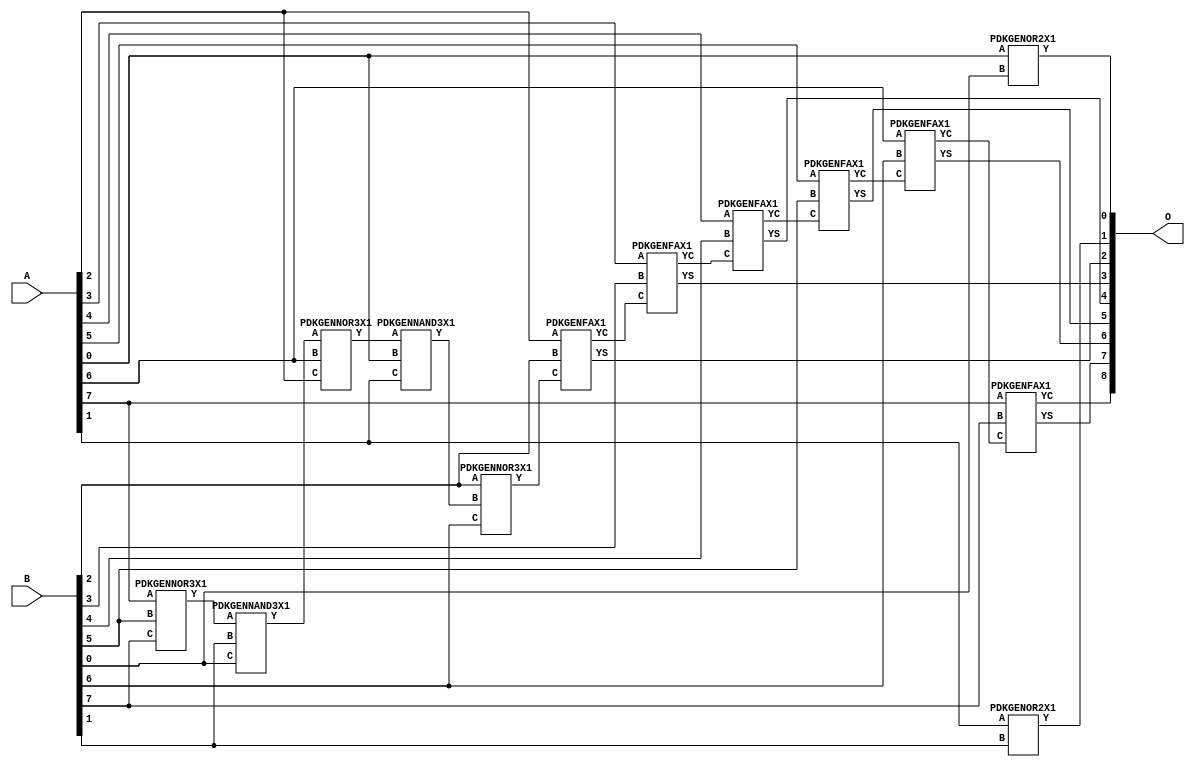
// Library = EvoApprox8b
// Circuit = add8_308
// Area   (180) = 1048
// Delay  (180) = 2.010
// Power  (180) = 262.20
// Area   (45) = 71
// Delay  (45) = 0.750
// Power  (45) = 25.91
// Nodes = 13
// HD = 89696
// MAE = 0.74902
// MSE = 1.49609
// MRE = 0.40 %
// WCE = 3
// WCRE = 50 %
// EP = 43.8 %

module add8_308(A, B, O);
  input [7:0] A;
  input [7:0] B;
  output [8:0] O;
  wire [2031:0] N;

  assign N[0] = A[0];
  assign N[1] = A[0];
  assign N[2] = A[1];
  assign N[3] = A[1];
  assign N[4] = A[2];
  assign N[5] = A[2];
  assign N[6] = A[3];
  assign N[7] = A[3];
  assign N[8] = A[4];
  assign N[9] = A[4];
  assign N[10] = A[5];
  assign N[11] = A[5];
  assign N[12] = A[6];
  assign N[13] = A[6];
  assign N[14] = A[7];
  assign N[15] = A[7];
  assign N[16] = B[0];
  assign N[17] = B[0];
  assign N[18] = B[1];
  assign N[19] = B[1];
  assign N[20] = B[2];
  assign N[21] = B[2];
  assign N[22] = B[3];
  assign N[23] = B[3];
  assign N[24] = B[4];
  assign N[25] = B[4];
  assign N[26] = B[5];
  assign N[27] = B[5];
  assign N[28] = B[6];
  assign N[29] = B[6];
  assign N[30] = B[7];
  assign N[31] = B[7];

  PDKGENOR2X1 n32(.A(N[0]), .B(N[16]), .Y(N[32]));
  PDKGENNOR3X1 n38(.A(N[14]), .B(N[26]), .C(N[30]), .Y(N[38]));
  PDKGENNAND3X1 n52(.A(N[38]), .B(N[18]), .C(N[16]), .Y(N[52]));
  assign N[53] = N[52];
  PDKGENNOR3X1 n58(.A(N[53]), .B(N[12]), .C(N[4]), .Y(N[58]));
  assign N[59] = N[58];
  PDKGENNAND3X1 n76(.A(N[59]), .B(N[0]), .C(N[2]), .Y(N[76]));
  assign N[77] = N[76];
  PDKGENNOR3X1 n80(.A(N[20]), .B(N[77]), .C(N[28]), .Y(N[80]));
  assign N[81] = N[80];
  PDKGENOR2X1 n82(.A(N[2]), .B(N[18]), .Y(N[82]));
  PDKGENFAX1 n132(.A(N[4]), .B(N[20]), .C(N[81]), .YS(N[132]), .YC(N[133]));
  PDKGENFAX1 n182(.A(N[6]), .B(N[22]), .C(N[133]), .YS(N[182]), .YC(N[183]));
  PDKGENFAX1 n232(.A(N[8]), .B(N[24]), .C(N[183]), .YS(N[232]), .YC(N[233]));
  PDKGENFAX1 n282(.A(N[10]), .B(N[26]), .C(N[233]), .YS(N[282]), .YC(N[283]));
  PDKGENFAX1 n332(.A(N[12]), .B(N[28]), .C(N[283]), .YS(N[332]), .YC(N[333]));
  PDKGENFAX1 n382(.A(N[14]), .B(N[30]), .C(N[333]), .YS(N[382]), .YC(N[383]));

  assign O[0] = N[32];
  assign O[1] = N[82];
  assign O[2] = N[132];
  assign O[3] = N[182];
  assign O[4] = N[232];
  assign O[5] = N[282];
  assign O[6] = N[332];
  assign O[7] = N[382];
  assign O[8] = N[383];

endmodule
/* mod */
module PDKGENNAND3X1(input A, input B, input C, output Y );
     assign Y = ~((A & B) & C);
endmodule
/* mod */
module PDKGENOR2X1(input A, input B, output Y );
     assign Y = A | B;
endmodule
/* mod */
module PDKGENFAX1( input A, input B, input C, output YS, output YC );
    assign YS = (A ^ B) ^ C;
    assign YC = (A & B) | (B & C) | (A & C);
endmodule
/* mod */
module PDKGENNOR3X1(input A, input B, input C, output Y );
     assign Y = ~((A | B) | C);
endmodule